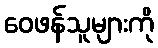
ဝေဖန်သူများကို